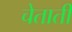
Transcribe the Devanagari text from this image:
चेताती